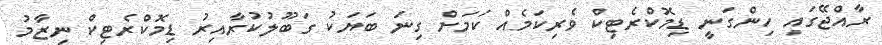
ރާއްޖޭގައި ހިންގަނީ ޑިމޮކްރެޓިކް ވެރިކަމެއް ކަމަށް ގިނަ ބަޔަކު ގަބޫލުކުރާއިރު ޑިމޮކްރެޓިކް ނިޒާމު